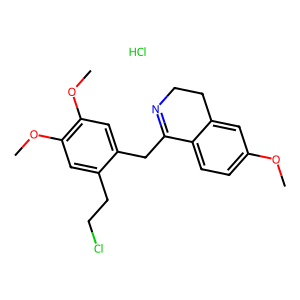
SMILES: COc1ccc2c(c1)CCN=C2Cc1cc(OC)c(OC)cc1CCCl.Cl
Inhibits HIV replication: No